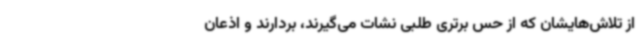
از تلاش‌هایشان که از حس برتری طلبی نشات می‌گیرند، بردارند و اذعان